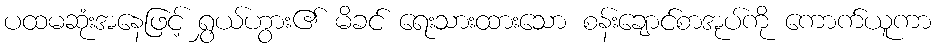
ပထမဆုံးအနေဖြင့် ရွှယ်ဟွား၏ မိခင် ရေးသားထားသော စန်းချောင်စာအုပ်ကို ကောက်ယူကာ